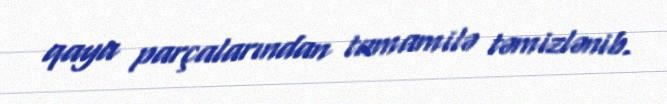
qaya parçalarından tamamilə təmizlənib.